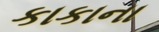
કાકાના